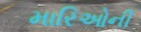
મારિઓની